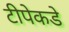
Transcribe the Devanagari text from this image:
टीपेकडे